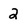
Character: 2